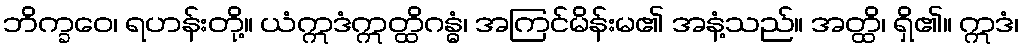
ဘိက္ခဝေ၊ ရဟန်းတို့။ ယံဣဒံဣတ္ထိဂန္ဓံ၊ အကြင်မိန်းမ၏ အနံ့သည်။ အတ္ထိ၊ ရှိ၏။ ဣဒံ၊